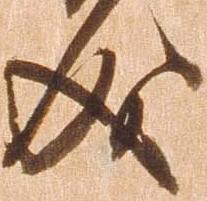
成